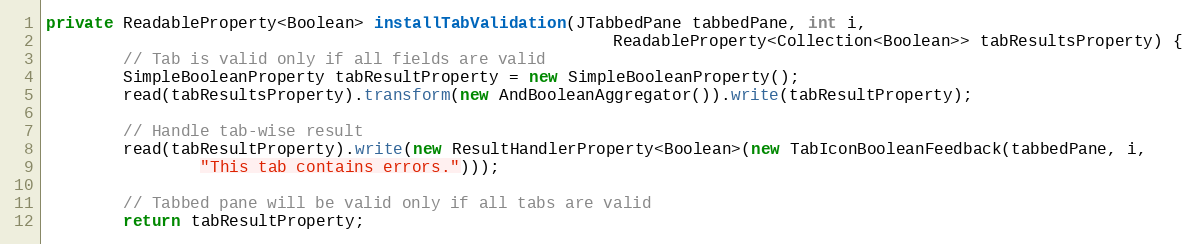
Language: Java
private ReadableProperty<Boolean> installTabValidation(JTabbedPane tabbedPane, int i,
                                                           ReadableProperty<Collection<Boolean>> tabResultsProperty) {
        // Tab is valid only if all fields are valid
        SimpleBooleanProperty tabResultProperty = new SimpleBooleanProperty();
        read(tabResultsProperty).transform(new AndBooleanAggregator()).write(tabResultProperty);

        // Handle tab-wise result
        read(tabResultProperty).write(new ResultHandlerProperty<Boolean>(new TabIconBooleanFeedback(tabbedPane, i,
                "This tab contains errors.")));

        // Tabbed pane will be valid only if all tabs are valid
        return tabResultProperty;